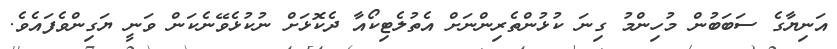
އަނިޔާގެ ސަބަބުން މުހިންމު ގިނަ ކުޅުންތެރިންނަށް އެތުލެޓިކޯއާ ދެކޮޅަށް ނުކުޅެވޭނެކަން ވަނީ ޔަގިންވެފައެވެ.